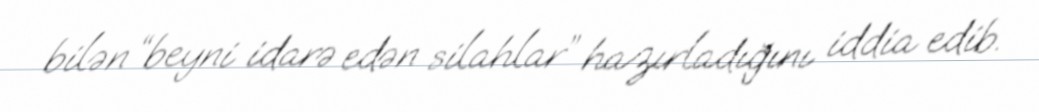
bilən “beyni idarə edən silahlar” hazırladığını iddia edib.